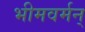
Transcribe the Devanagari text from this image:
भीमवर्मन्